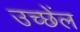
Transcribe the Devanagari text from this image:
उच्छेंल